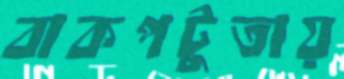
বাকপটুতায়